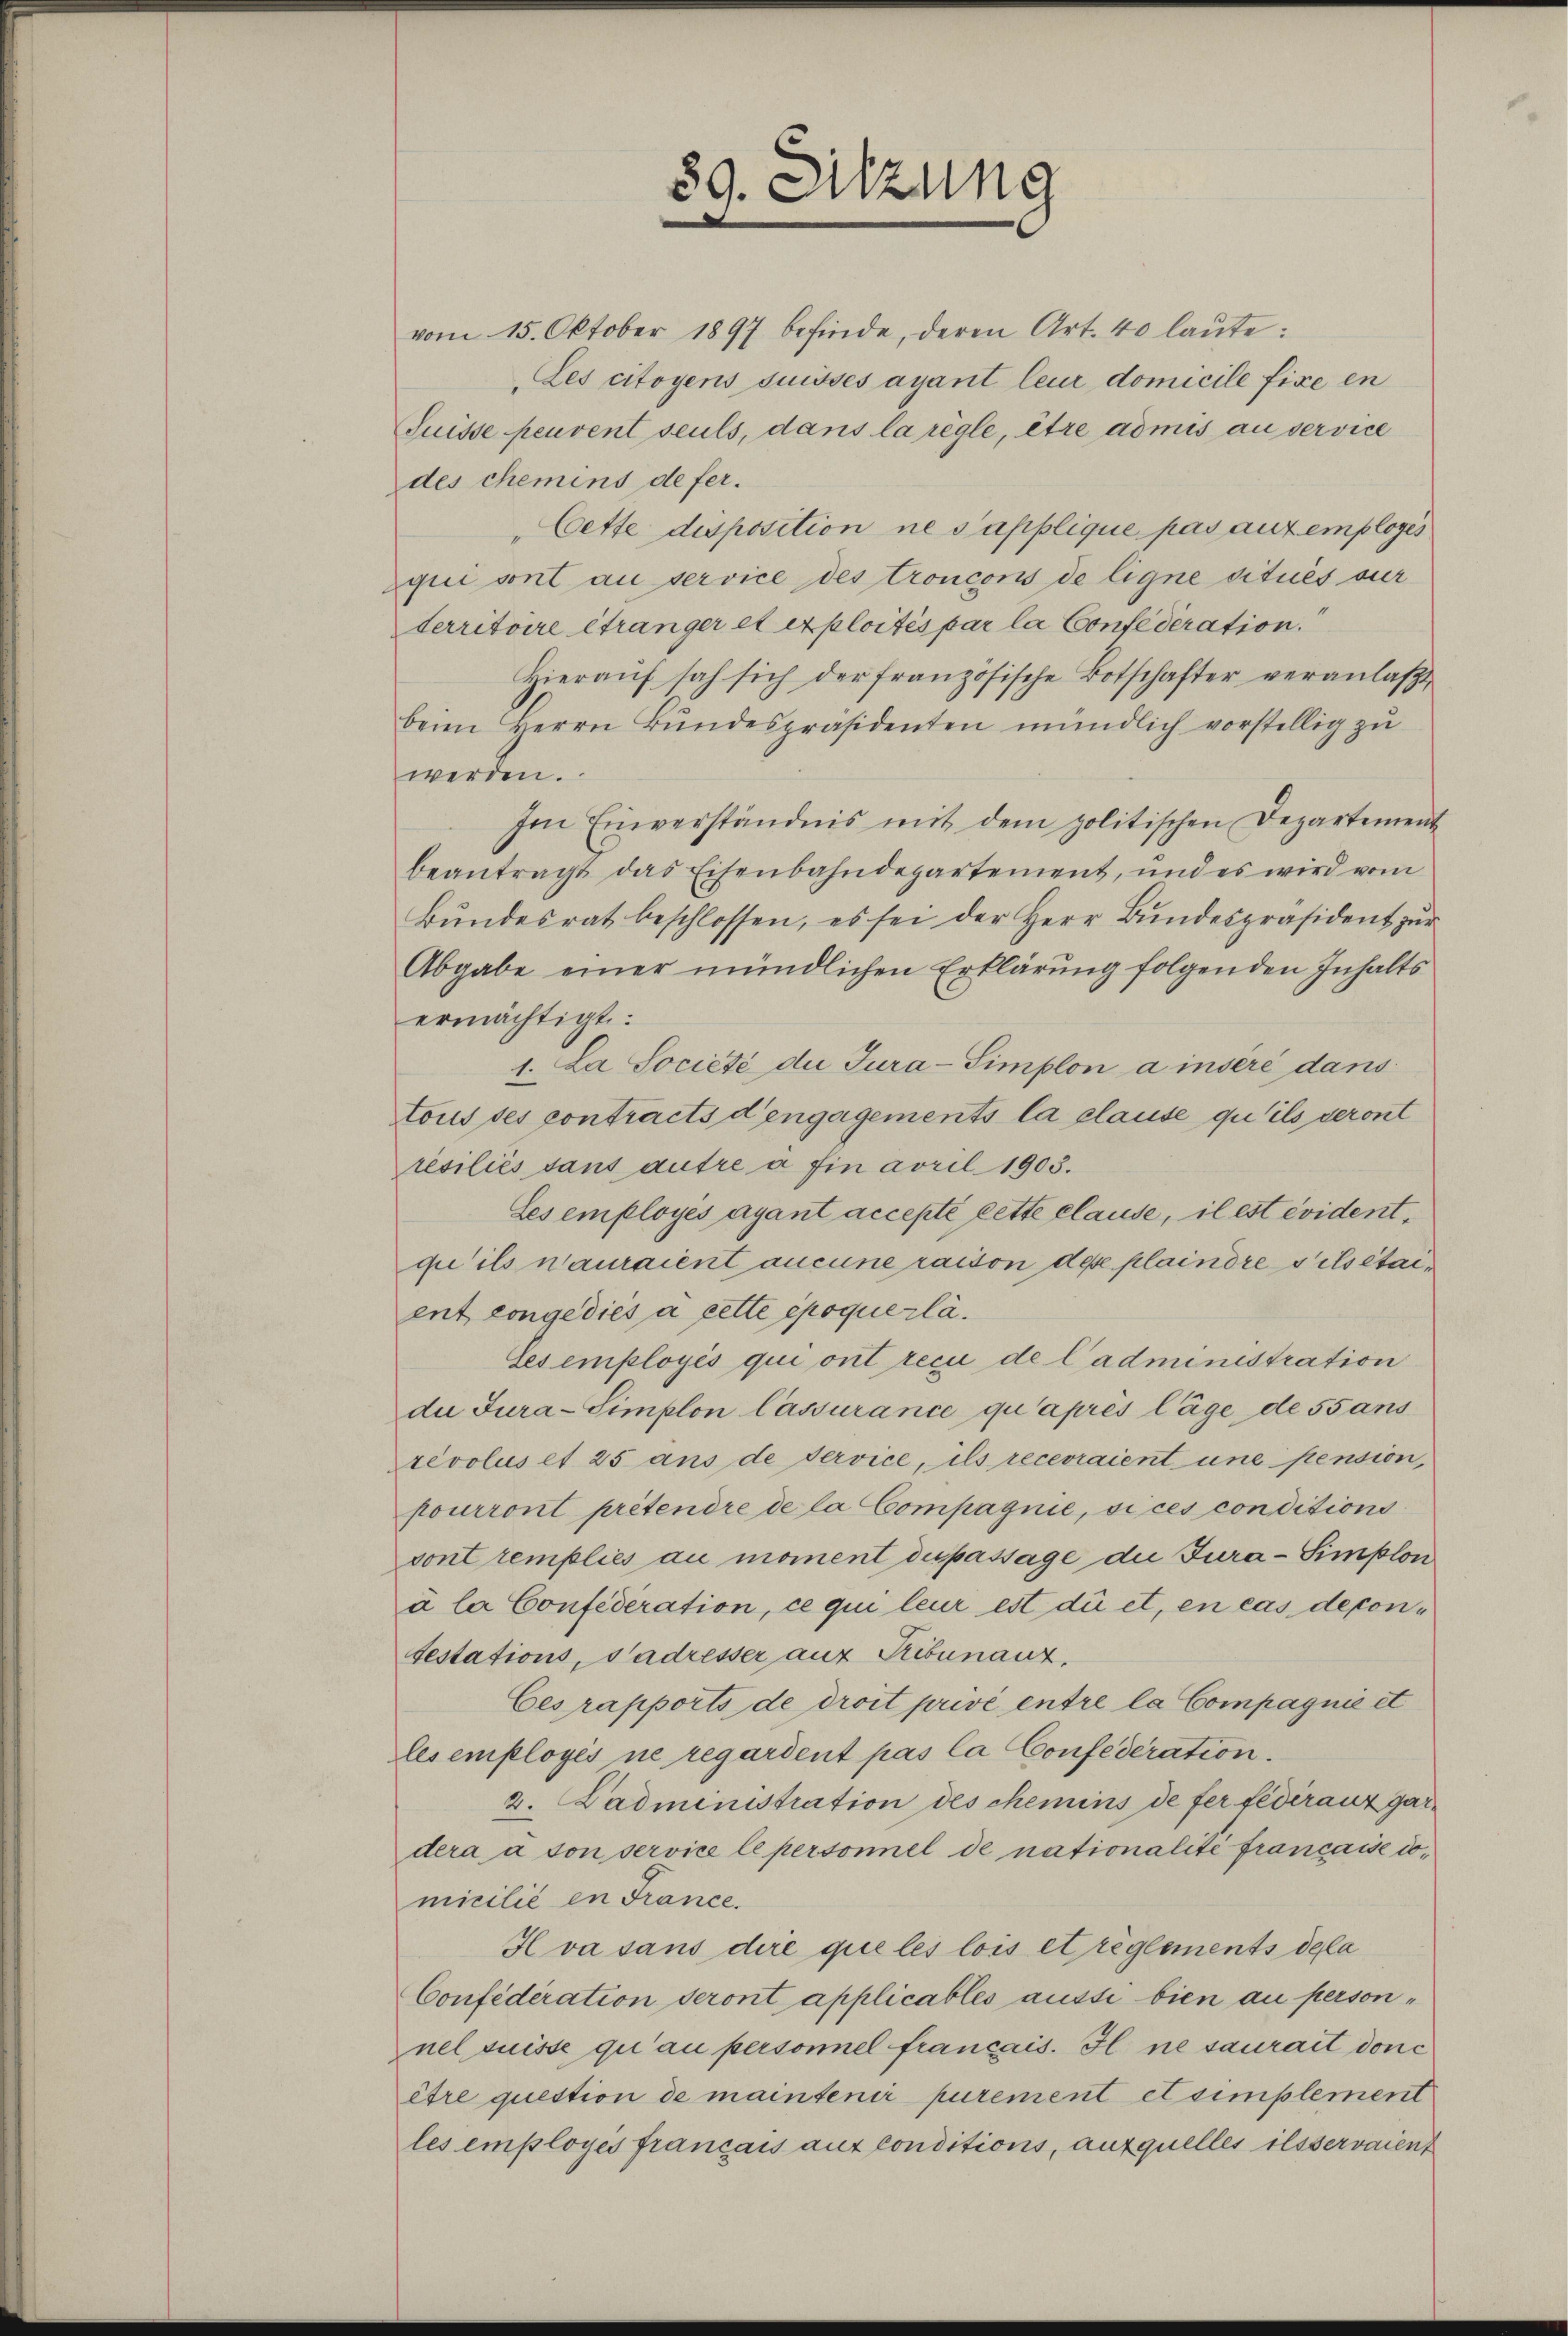
89. Sitzung

vom 15. Oktober 1897 befinde, deren Art. 40 laute:
Les citoyens suisses ayant leur domicile fixe en
Suisse peuvent seuls, dans la règle, être admis au service
des chemins de fer¬
Cette disposition ne s’applique pas auf employés
qui sont au service des troncons de ligne situés sur
territoire étranger et exploités par la Confederation.
Hieraŭf sah sich der französische Botschafter veranlaβt
beim Herrn Bŭndespräsidenten mündlich vorstellig zu
werden.
Im Einverständnis mit dem politischen Departement
beantragt das Eisenbahndepartement, und es wird vom
Bŭndesrat beschlossen, es sei der Herr Bundespräsident zur
Abgabe einer mündlichen Erklärung folgenden Inhalts
ermächtigt:
1. La Société de Jura-Simplon a inséré dans
tous ses contracts d’engagements la plause qu’ils veront
résiliés sans autre à fin avril 1903.
Les employés ayant accepté cette clause, il est évident,
qu’ils n’auraient aucune raison des plaindre s’ils étaient congediés à cette époque lä¬
Ses employés qui ont reci de l’administration
die Jura-Simplon lassurance qu’après lage de sans
revolus et 25 aus de service, ils recevraient une pension,
pourront prétendre de la Compagnie, si ces conditions
sont remplies au moment dispassage die Jura-Simplon
à la Confederation, ce qui leur est die et, en cas depontestations, Sadresser auf Tribunauz
Ces rapports de droit privé entre la Compagnie et
les employés ne regardent pas la Confederation.
2. Dadministration des chemins de fer fédéranz gardera u von service le personnel de nationalité francaise domicilié en France.
Iva sans dire que les lois et règlements dela
Confederation seront applicables aussi bien au personnel suisse qu’au personnel français. Il ne saurait donc
être question de maintenir purement et simplement
les employés français auf conditions, aufquelles ils servaient